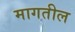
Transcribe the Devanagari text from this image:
मागतील